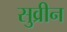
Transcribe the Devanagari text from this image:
सुव्रीन